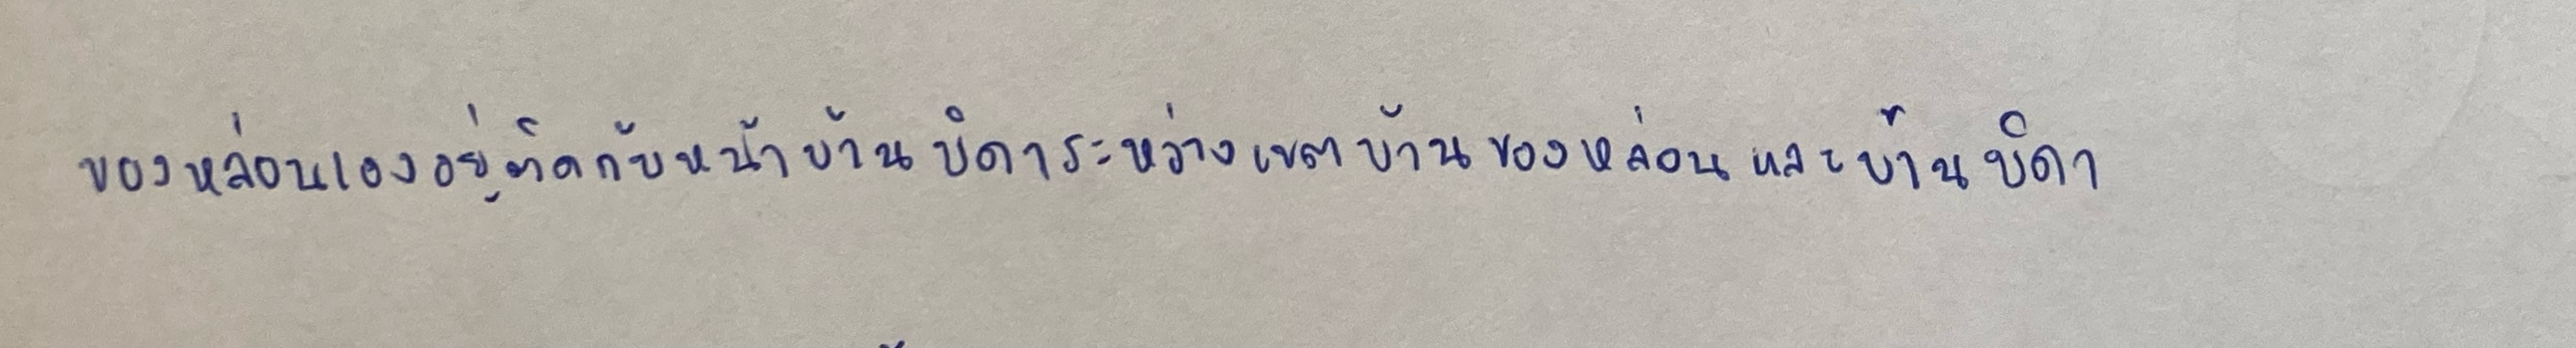
ของหล่อนเองอยู่ติดกับหน้าบ้านบิดาระหว่างเขตบ้านของหล่อนและบ้านบิดา